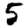
Digit: 5